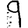
Digit: 9